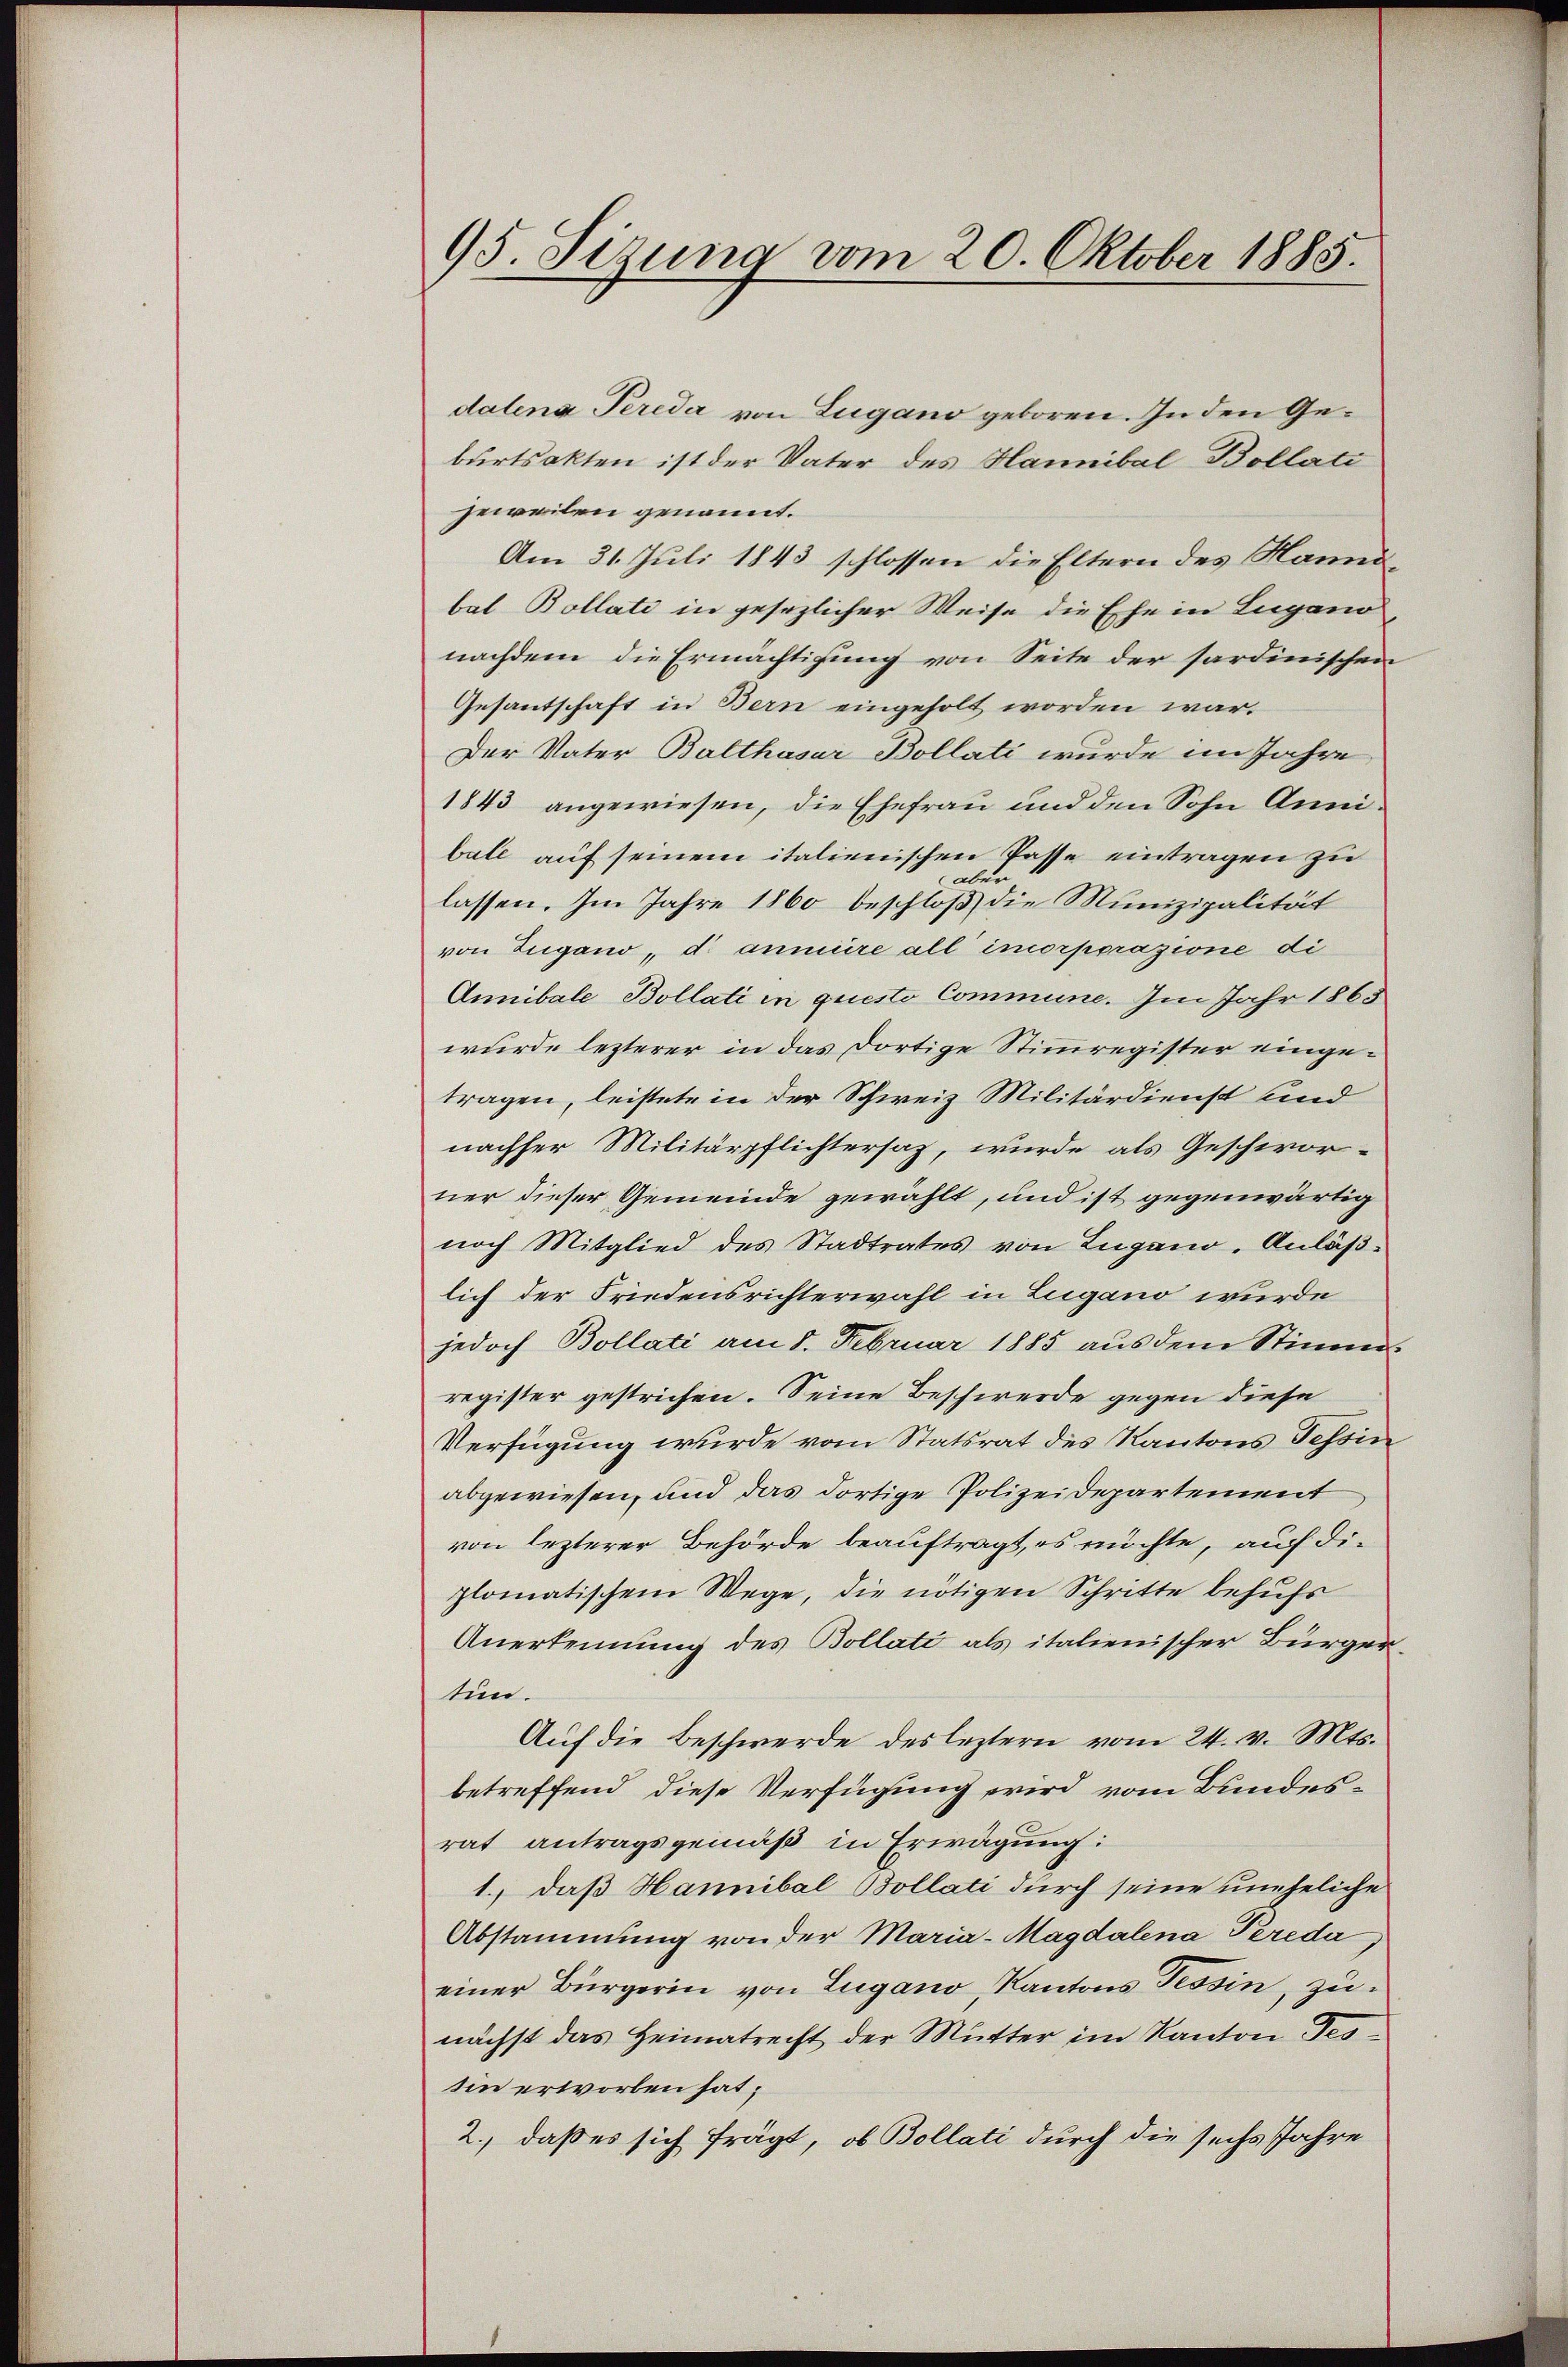
95. Sitzung vom 20. Oktober 1885.

dalena Perida von Lugano geboren. In den Geburtsakten ist der Vater des Hannibal Bollati
jeweilen genannt.
Am 31. Juli 1843 schlossen die Eltern des Handbal Bollati in gesezlicher Weise die Ehe in Lugano
nachdem die Ermächtigung von Seite der sardinischen
Gesantschaft in Bern eingeholt worden war.
Der Vater Balthasar Bollati wurde im Jahre
1843 angewiesen, die Ehefrau und den Sohn Anni.
ball auf seinem italienischen Pässe eintragen zu
ber
lassen. Im Jahre 1860 beschloß die Munizipalität
von Zugano d. anmire all imorporazione di
Annibale Bollati in questo Commune. Im Jahr 1865
wurde lezterer in das dortige Stimmregister eingetragen, leistete in der Schweiz Militärdienst und
nachher Militärpflichtersaz, wurde als Geschwor-
ner dieser Gemeinde gewählt, und ist gegenwärtig
noch Mitglied des Stadtrates von Zugano. Anläß-
lich der Friedensrichterwahl in Lugano wurde
jedoch Bollati am 8. Februar 1885 aus dem Stimm-
register gestrichen. Seine Beschwerde gegen diese
Verfügung wurde vom Statsrat des Kantons Tessin
abgewiesen, und das dortige Polizeidepartement
von lezterer Behörde beauftragt, es möchte, auf die
plomatischem Wege, die nötigen Schritte behufs
Anerkennung des Bollati als italienischer Bürgertun.
Auf die Beschwerde des leztern vom 24. v. Mts.
betreffend diese Verfügung wird vom Bundesrat antragsgemäß in Erwägung:
1., daß Hannibal Bollati durch seine uneheliche
Abstammung von der Maria-Magdalena Pereda
einer Bürgerin von Lugano, Kantons Tessin, zunächst das Heimatrecht der Mutter im Kanton Tes-
sin erworben hat;
2., daß es sich frägt, ob Bollati durch die sechs Jahre